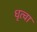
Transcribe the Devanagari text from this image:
धृत्वा